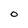
Character: O